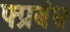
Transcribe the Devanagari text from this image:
फ्प्रबंध